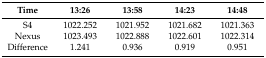
<table><thead><tr><td><b>Time</b></td><td><b>13:26</b></td><td><b>13:58</b></td><td><b>14:23</b></td><td><b>14:48</b></td></tr></thead><tbody><tr><td>S4</td><td>1022.252</td><td>1021.952</td><td>1021.682</td><td>1021.363</td></tr><tr><td>Nexus</td><td>1023.493</td><td>1022.888</td><td>1022.601</td><td>1022.314</td></tr><tr><td>Difference</td><td>1.241</td><td>0.936</td><td>0.919</td><td>0.951</td></tr></tbody></table>